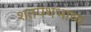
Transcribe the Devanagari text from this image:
शतपथभाष्य